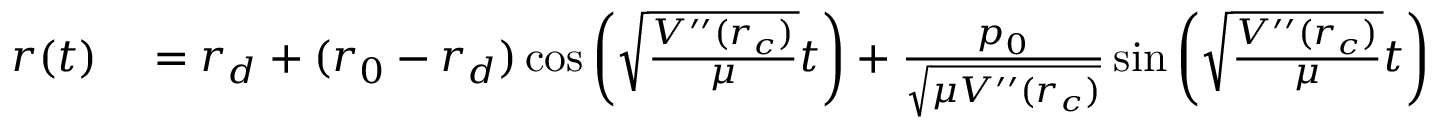
\begin{array} { r l } { r ( t ) } & { { } = r _ { d } + ( r _ { 0 } - r _ { d } ) \cos \left( \sqrt { \frac { V ^ { \prime \prime } ( r _ { c } ) } { \mu } } t \right) + \frac { p _ { 0 } } { \sqrt { \mu V ^ { \prime \prime } ( r _ { c } ) } } \sin \left( \sqrt { \frac { V ^ { \prime \prime } ( r _ { c } ) } { \mu } } t \right) } \end{array}